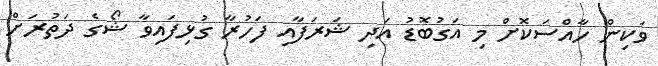
ވަކިން ހާއްސަކޮށް މި އަގުބޮޑު އަދި ޝަރަފާއި ފަހުރާ ގުޅިފައިވާ ޝޯގެ ދަތުރަށް